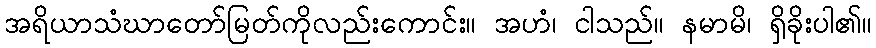
အရိယာသံဃာတော်မြတ်ကိုလည်းကောင်း။ အဟံ၊ ငါသည်။ နမာမိ၊ ရှိခိုးပါ၏။